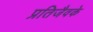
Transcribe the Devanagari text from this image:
प्रतिजैवके